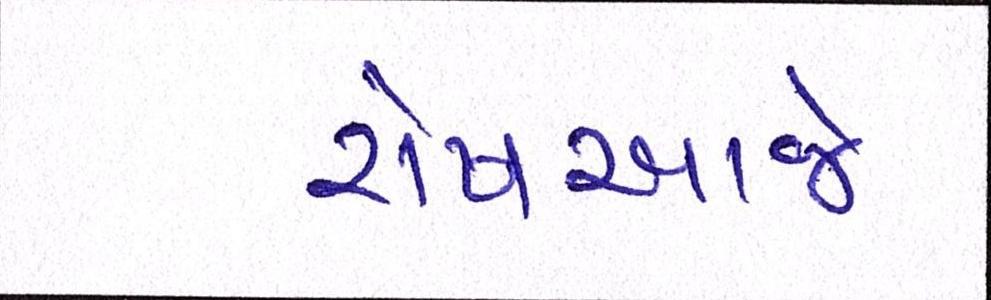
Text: રોષઆજે